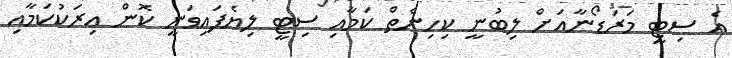
އެ ސިޓީ މަރަޑޯނާއަށް ލިބުނީ ކިހިނެތް ކަމާއި ސިޓީ ލިޔެފައިވަނީ ކޮން އިރަކުކަމާއި